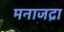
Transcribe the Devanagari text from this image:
मनाजद्रा